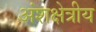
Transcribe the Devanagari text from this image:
अंशक्षेत्रीय